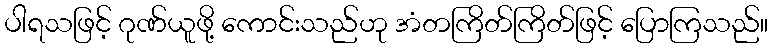
ပါရသဖြင့် ဂုဏ်ယူဖို့ ကောင်းသည်ဟု အံတကြိတ်ကြိတ်ဖြင့် ပြောကြသည်။